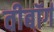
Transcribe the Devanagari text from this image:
वीबॉर्ग